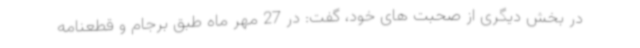
در بخش دیگری از صحبت های خود، گفت: در 27 مهر ماه طبق برجام و قطعنامه